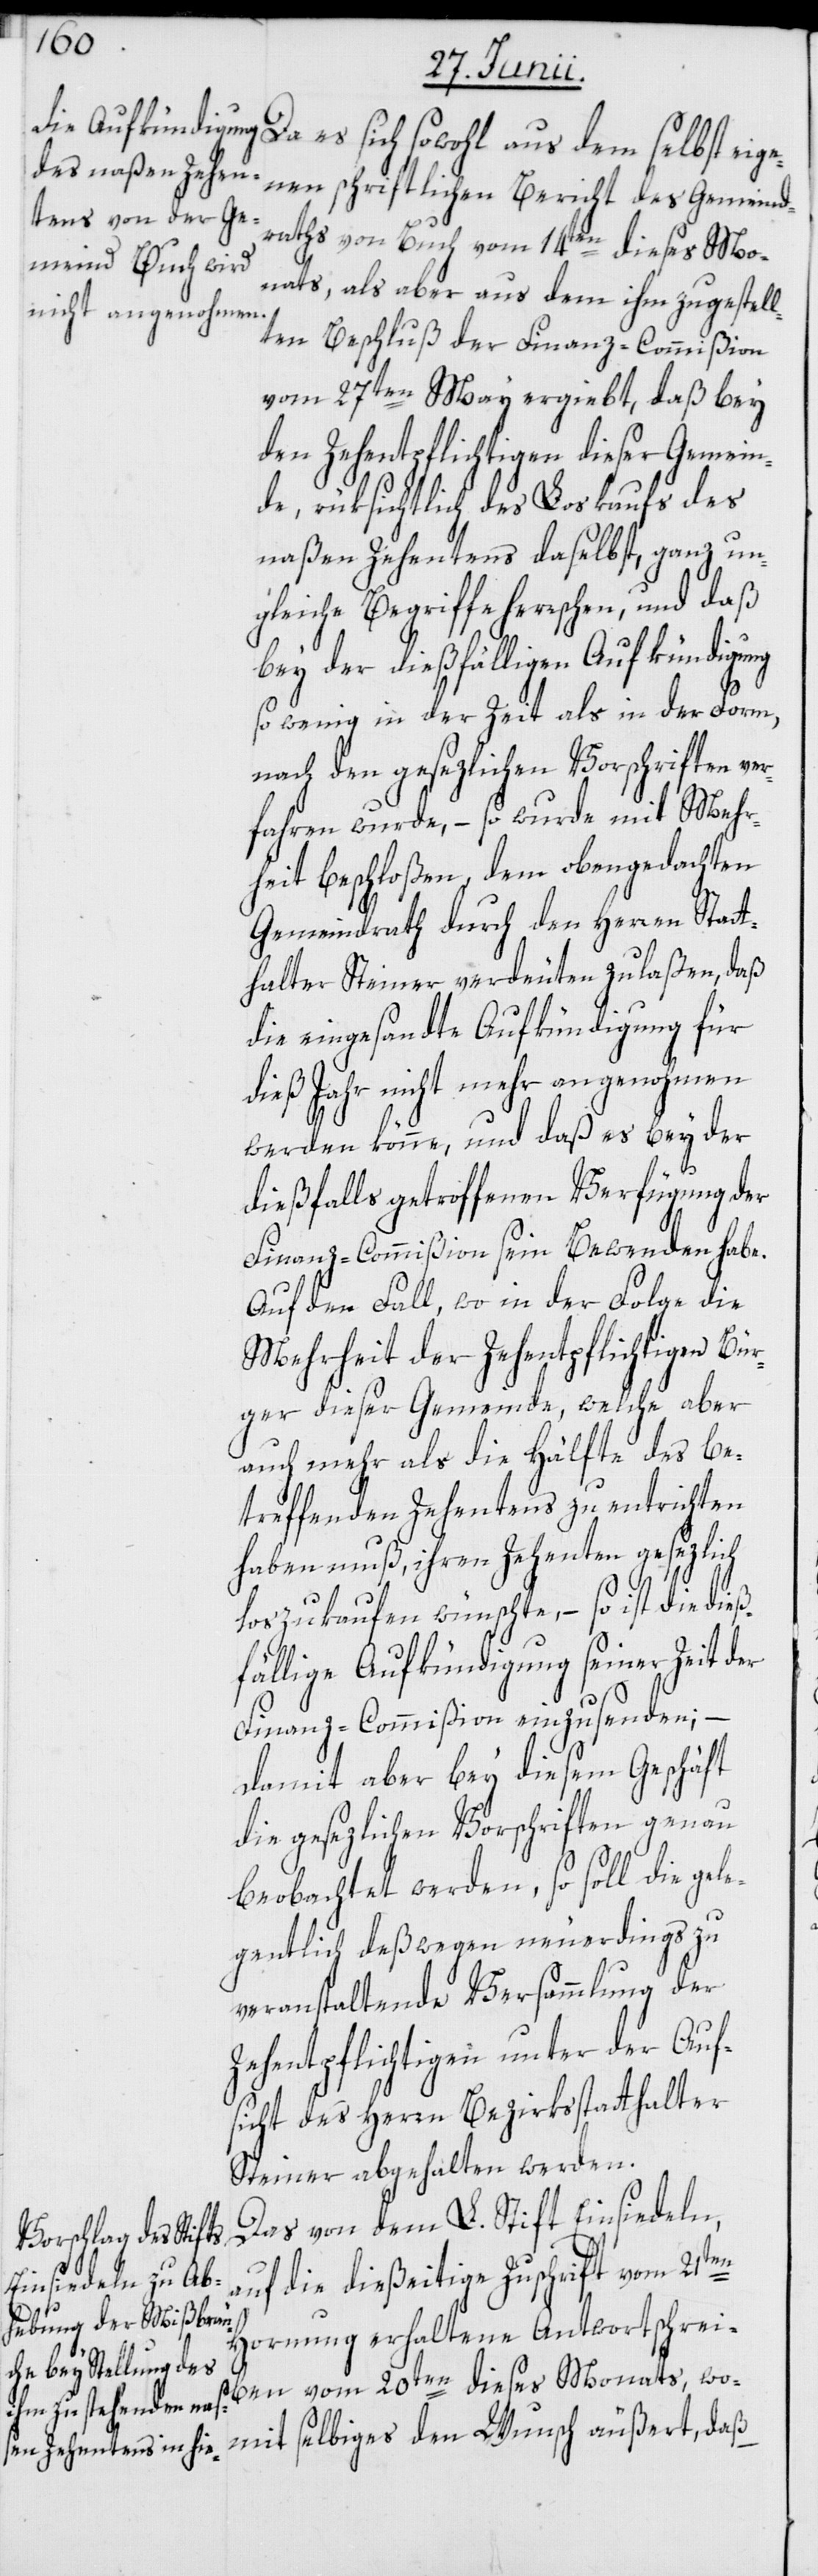
ß¬
Da es sich sowohl aus dem selbst eige¬
nen schriftlichen Bericht des Gemeind¬
raths von Buch vom 14ten dieses Mo¬
nats, als aber aus dem ihm zugestell¬
ten Beschluß der Finanz-Commißion
vom 27ten May ergiebt, daß bey
den Zehentpflichtigen dieser Gemein¬
de, rüksichtlich des Loskaufs des
naßen Zehentens daselbst, ganz un¬
gleiche Begriffe herrschen, und daß
bey der dießfälligen Aufkündigung
so wenig in der Zeit als in der Form,
nach den gesezlichen Vorschriften ver¬
fahren wurde, – so wurde mit Mehr¬
heit beschloßen, dem obengedachten
Gemeindrath durch den Herren Statt¬
halter Steiner verdeuten zu laßen, daß
die eingesandte Aufkündigung für
dieß Jahr nicht mehr angenohmen
werden könne, und daß es bey der
dießfalls getroffenen Verfügung der
Finanz-Commißion sein Bewenden habe.
Auf den Fall, wo in der Folge die
Mehrheit der Zehentpflichtigen Bür¬
ger dieser Gemeinde, welche aber
auch mehr als die Hälfte des be¬
treffenden Zehentens zu entrichten
haben muß, ihren Zehenten gesezlich
loszukaufen wünschte, – so ist die die¬
fällige Aufkündigung seiner Zeit der
Finanz-Commißion einzusenden;
Damit aber bey diesem Geschäft
die gesezlichen Vorschriften genau
beobachtet werden, so soll die gele¬
gentlich deßwegen neuerdings zu
veranstaltende Versammlung der
Zehentpflichtigen unter der Auf¬
sicht des Herrn Bezirksstatthalter
Steiner abgehalten werden.
Das von dem L. Stift Einsiedeln,
auf die dießeitige Zuschrift vom 21ten
Hornung erhaltene Antwortschrei¬
ben vom 20ten dieses Monats, wo¬
mit selbiges den Wunsch äußert, daß